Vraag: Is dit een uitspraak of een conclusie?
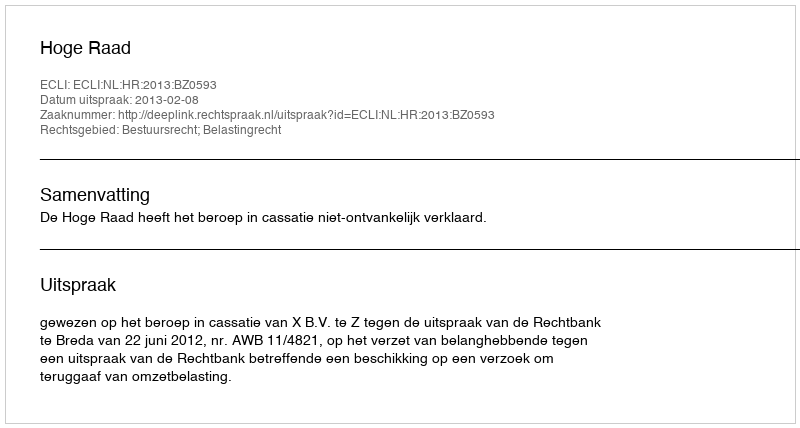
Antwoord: Uitspraak